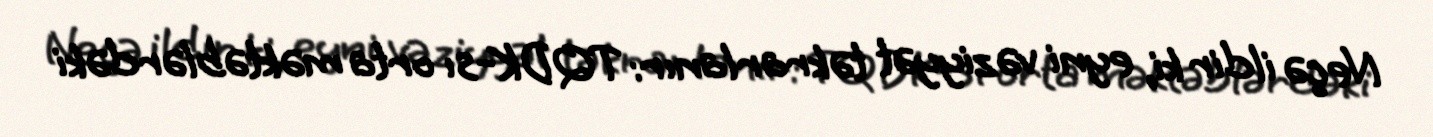
Neçə ildir ki, eyni vəziyyət təkrarlanır: TQDK-sı orta məktəblərdəki